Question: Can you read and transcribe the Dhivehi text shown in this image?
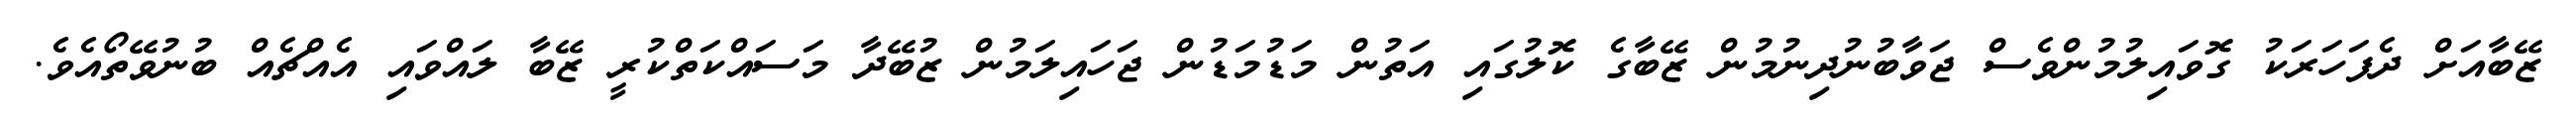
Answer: ޒޭބާއަށް ދެފަހަރަކު ގޮވައިލުމުންވެސް ޖަވާބުނުދިނުމުން ޒޭބާގެ ކޮލުގައި އަތުން މަޑުމަޑުން ޖަހައިލަމުން ޒުބޭދާ މަސައްކަތްކުރީ ޒޭބާ ލައްވައި އެއްޗެއް ބުނުވޭތޯއެވެ.